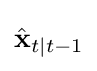
{\hat {\mathbf {x} }}_{t\mid t-1}